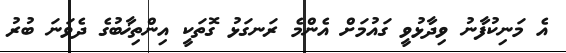
އެ މަނިކުފާނު ވިދާޅުވީ ގައުމަށް އެންމެ ރަނގަޅު ގޮތަކީ އިންތިޚާބުގެ ދެވަނަ ބުރު